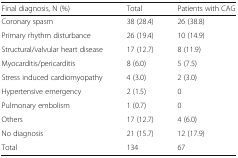
<table><thead><tr><td><b>Final diagnosis, N (%)</b></td><td><b>Total</b></td><td><b>Patients with CAG</b></td></tr></thead><tbody><tr><td>Coronary spasm</td><td>38 (28.4)</td><td>26 (38.8)</td></tr><tr><td>Primary rhythm disturbance</td><td>26 (19.4)</td><td>10 (14.9)</td></tr><tr><td>Structural/valvular heart disease</td><td>17 (12.7)</td><td>8 (11.9)</td></tr><tr><td>Myocarditis/pericarditis</td><td>8 (6.0)</td><td>5 (7.5)</td></tr><tr><td>Stress induced cardiomyopathy</td><td>4 (3.0)</td><td>2 (3.0)</td></tr><tr><td>Hypertensive emergency</td><td>2 (1.5)</td><td>0</td></tr><tr><td>Pulmonary embolism</td><td>1 (0.7)</td><td>0</td></tr><tr><td>Others</td><td>17 (12.7)</td><td>4 (6.0)</td></tr><tr><td>No diagnosis</td><td>21 (15.7)</td><td>12 (17.9)</td></tr><tr><td>Total</td><td>134</td><td>67</td></tr></tbody></table>